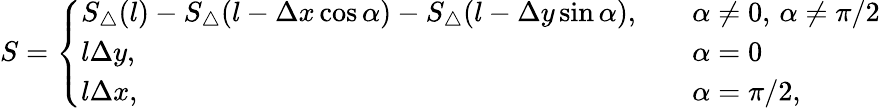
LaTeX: S=\left\{ \begin{array}{ll}{S_{\triangle}(l)-S_{\triangle}(l-\Delta x\cos\alpha)-S_{\triangle}(l-\Delta y\sin\alpha),\quad}&{\alpha\neq 0,\, \alpha\neq\pi/2}\\ {l\Delta y,\quad}&{\alpha=0}\\ {l\Delta x,\quad}&{\alpha=\pi/2,}\end{array}\right.